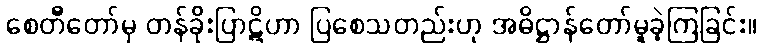
စေတီတော်မှ တန်ခိုးပြာဋိဟာ ပြစေသတည်းဟု အဓိဋ္ဌာန်တော်မူခဲ့ကြခြင်း။